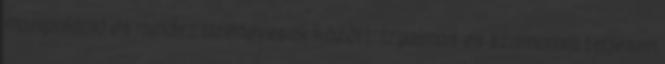
manipuláció és mindez tizenévesek között. Izgalmas és számomra teljesen